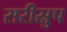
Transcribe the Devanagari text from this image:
सरीस्रुप